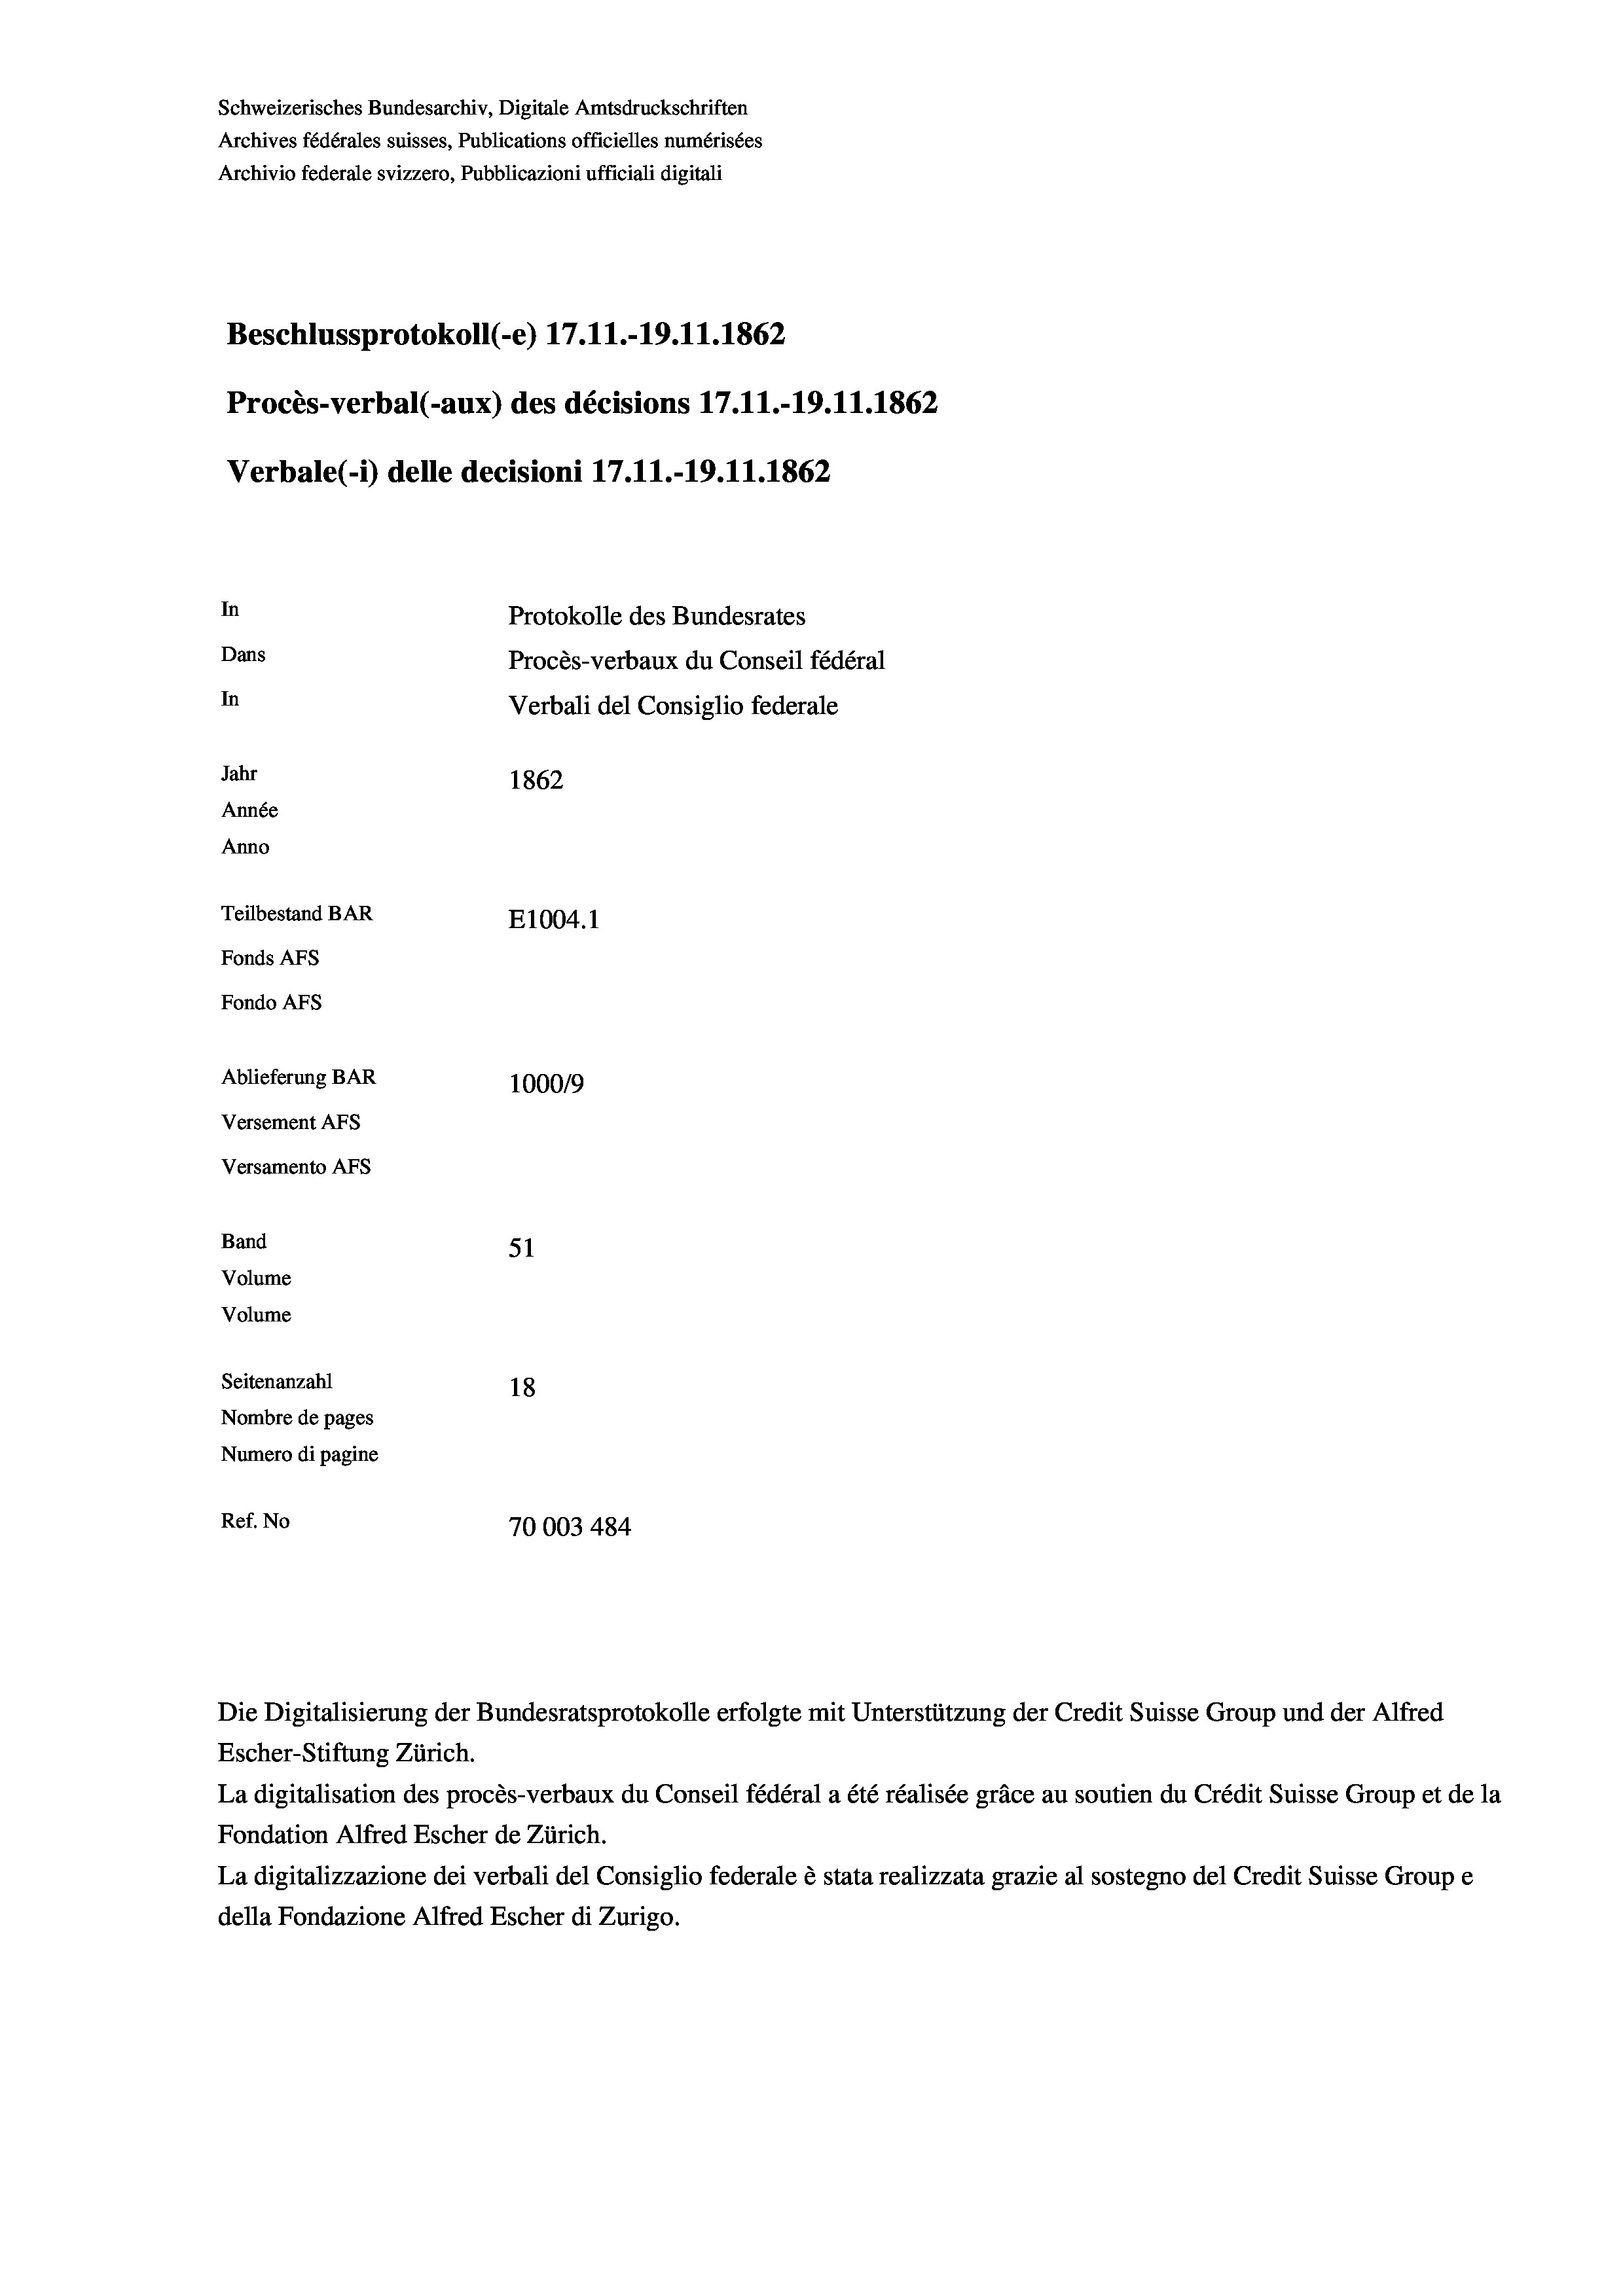
Schweizerisches Bundesarchiv, Digitale Amtsdruckschriften
Beschlussprotokoll (-e) 17. 11.-19.11.1862
Procès-verbal (-aux) des décisions 17.11.-19.11.1862
Verbale (- 1) delle decisioni 17. 11.-19.11.1862
In
Protokolle des Bundesrates
Dans
Procès-verbaux du Conseil fédéral
In
Verbali del Consiglio federale
Jahr
1862
Année
Anno
Teilbestand BAR
E1004. 1
Fonds AFs
Fondo AFs

Ablieferung BAR
Versement AFs
Versamento AFs
Band
Volume
Volume

Archives fédérales suisses, Publications officielles numérisées

Archivio federale svizzero, Pubblicazioni ufficiali digitali

51
Seitenanzahl
18
Nombre de pages
Numero di pagine
Ref. No
70003 484

100019

Die Digitalisierung der Bundesratsprotokolle erfolgte mit Unterstützung der Credit Suisse Group und der Alfred

Escher-Stiftung Zürich.
La digitalisation des procès-verbaux du Conseil fédéral a été réalisée gräce au soutien du Crédit Suisse Group et de la
Fondation Alfred Escher de Zürich.
La digitalizzazione dei verbali del Consiglio federale è stata realizzata grazie al sostegno del Credit Suisse Groupe
della Fondazione Alfred Escher di Zurigo.